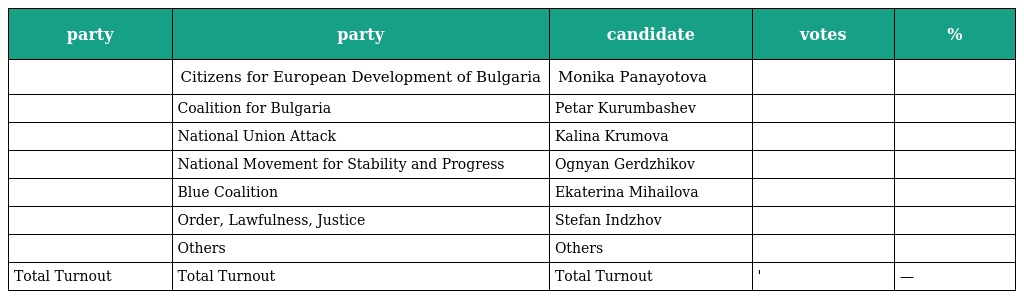
| party | party | candidate | votes | % |
 | --- | --- | --- | --- | --- |
 |  | Citizens for European Development of Bulgaria | Monika Panayotova |  |  |
 |  | Coalition for Bulgaria | Petar Kurumbashev |  |  |
 |  | National Union Attack | Kalina Krumova |  |  |
 |  | National Movement for Stability and Progress | Ognyan Gerdzhikov |  |  |
 |  | Blue Coalition | Ekaterina Mihailova |  |  |
 |  | Order, Lawfulness, Justice | Stefan Indzhov |  |  |
 |  | Others | Others |  |  |
 | Total Turnout | Total Turnout | Total Turnout | ' | — |